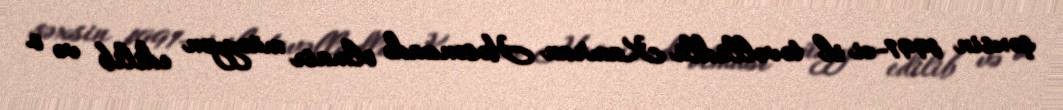
şəxsin 1991-ci il təvəllüdlü Kamran Həsənzadə olması müəyyən edilib və o